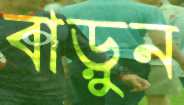
বাড়ুন